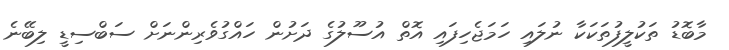
މާބޮޑު ތަކުލީފުތަކަކާ ނުލައި ހަމަޖެހިފައި އޮތް އުސޫލުގެ ދަށުން ހައްގުވެރިންނަށް ސަބްސިޑީ ލިބޭނެ